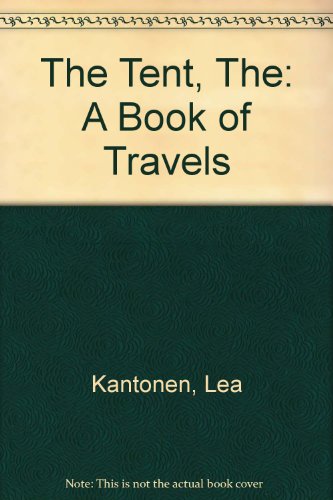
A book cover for The Tent: A Book of Travels; Lea Kantonen; Travel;